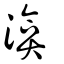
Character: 渰